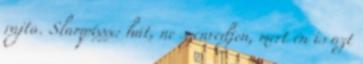
rajta. Slampixxx: hát, ne szenvedjen, mert én is azt